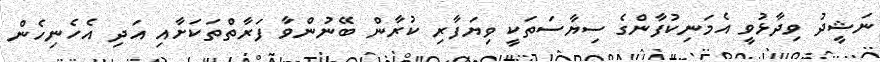
ނަޝީދު ވިދާޅުވީ އެމަނިކުފާންގެ ސިޔާސަތަކީ ވިޔަފާރި ކުރާން ބޭނުންވާ ފަރާތްތަކަށާއި އަދި އެހެނިހެން